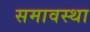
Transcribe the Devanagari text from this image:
समावस्था